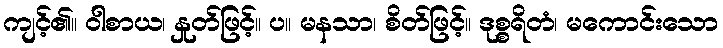
ကျင့်၏။ ဝါစာယ၊ နှုတ်ဖြင့်။ ပ။ မနသာ၊ စိတ်ဖြင့်။ ဒုစ္စရိတံ၊ မကောင်းသော